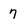
Character: 7